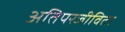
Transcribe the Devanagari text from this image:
अतिपरजीविता